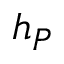
h _ { P }